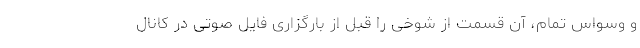
و وسواس تمام، آن قسمت از شوخی را قبل از بارگزاری فایل صوتی در کانال